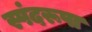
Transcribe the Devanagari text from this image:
स्पंदरूपा